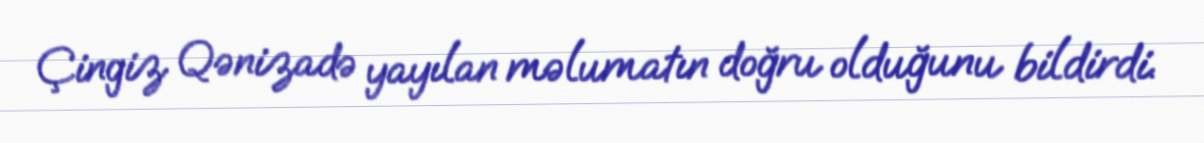
Çingiz Qənizadə yayılan məlumatın doğru olduğunu bildirdi.